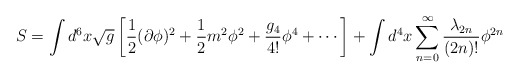
\begin{align*}S=\int d^6 x \sqrt{g}\left[{1\over 2} (\partial\phi)^2 + {1\over 2} m^2 \phi^2 + {g_4\over 4!} \phi^4+\cdots\right]+ \int d^4 x \sum_{n=0}^\infty {\lambda_{2n}\over (2n)!} \phi^{2n}\end{align*}